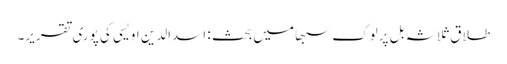
طلاق ثلاثہ بل پرلوک سبھا میں بحث : اسدالدین اویسی کی پوری تقریر۔